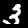
Label: 3